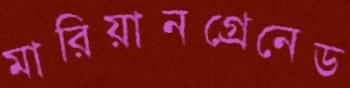
মারিয়ানগ্রেনেড